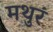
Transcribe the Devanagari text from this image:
मथुरं